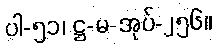
ပါ-၅၁၊ ဋ္ဌ-မ-အုပ်-၂၅၆။